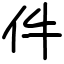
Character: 件